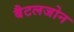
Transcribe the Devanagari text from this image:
बैटलजोन